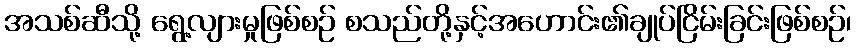
အသစ်ဆီသို့ ရွေ့လျားမှုဖြစ်စဉ် စသည်တို့နှင့်အဟောင်း၏ချုပ်ငြိမ်းခြင်းဖြစ်စဉ်၊